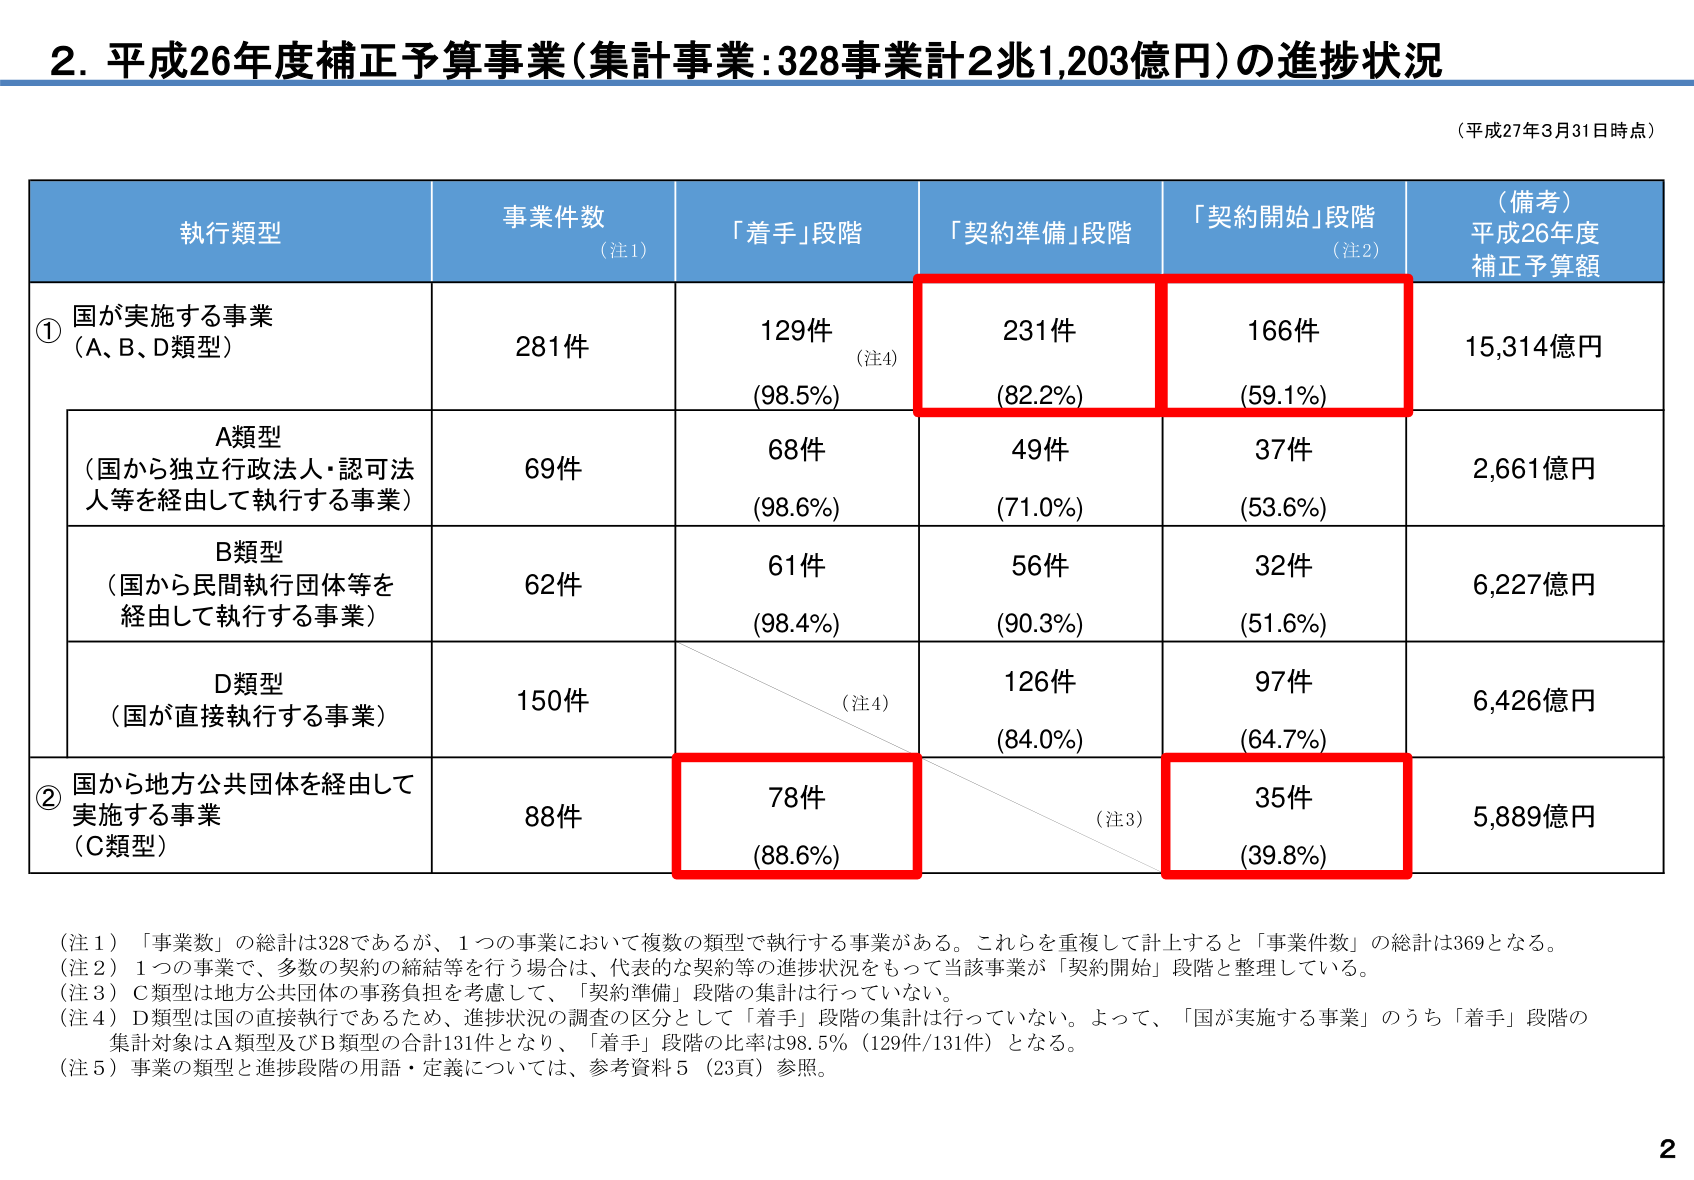
2. 平成26年度補正予算事業（集計事業：328事業計2兆1,203億円）の進捗状況

（平成27年3月31日時点）

執行類型 事業件数 （注1） 「着手」段階 「契約準備」段階 「契約開始」段階 （注2） （備考） 平成26年度 補正予算額

① 国が実施する事業 （A、B、D類型） 281件 129件 （注4） （98.5%） 231件 （82.2%） 166件 （59.1%） 15,314億円

A類型 （国から独立行政法人・認可法人等を経由して執行する事業） 69件 68件 （98.6%） 49件 （71.0%） 37件 （53.6%） 2,661億円

B類型 （国から民間執行団体等を経由して執行する事業） 62件 61件 （98.4%） 56件 （90.3%） 32件 （51.6%） 6,227億円

D類型 （国が直接執行する事業） 150件 （注4） 126件 （84.0%） 97件 （64.7%） 6,426億円

② 国から地方公共団体を経由して実施する事業 （C類型） 88件 78件 （88.6%） （注3） 35件 （39.8%） 5,889億円

（注1）「事業数」の総計は328であるが、1つの事業において複数の類型で執行する事業がある。これらを重複して計上すると「事業件数」の総計は369となる。

（注2）1つの事業で、多数の契約の締結等を行う場合は、代表的な契約等の進捗状況をもって当該事業が「契約開始」段階と整理している。

（注3）C類型は地方公共団体の事務負担を考慮して、「契約準備」段階の集計は行っていない。

（注4）D類型は国の直接執行であるため、進捗状況の調査の区分として「着手」段階の集計は行っていない。よって、「国が実施する事業」のうち「着手」段階の集計対象はA類型及びB類型の合計131件となり、「着手」段階の比率は98.5%（129件/131件）となる。

（注5）事業の類型と進捗段階の用語・定義については、参考資料5（23頁）参照。

2